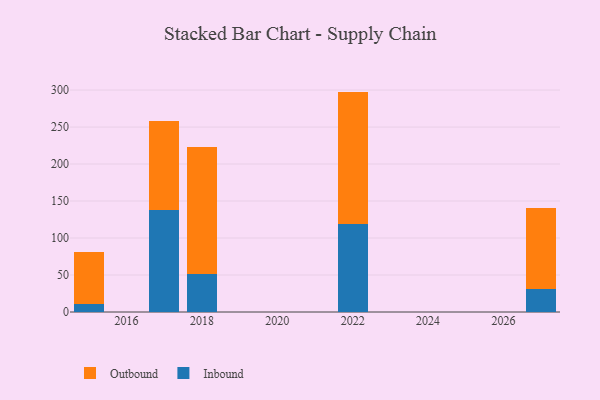
{"axis": {"x": "Year", "y": "Page Views"}, "legend": ["Inbound", "Outbound"], "data": [{"x": "2022", "y": 119.2, "type": "Inbound"}, {"x": "2022", "y": 178.7, "type": "Outbound"}, {"x": "2017", "y": 138.5, "type": "Inbound"}, {"x": "2017", "y": 119.2, "type": "Outbound"}, {"x": "2027", "y": 31.3, "type": "Inbound"}, {"x": "2027", "y": 109.4, "type": "Outbound"}, {"x": "2018", "y": 52.0, "type": "Inbound"}, {"x": "2018", "y": 171.6, "type": "Outbound"}, {"x": "2015", "y": 10.7, "type": "Inbound"}, {"x": "2015", "y": 70.1, "type": "Outbound"}]}